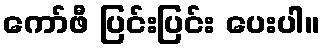
ကော်ဖီ ပြင်းပြင်း ပေးပါ။